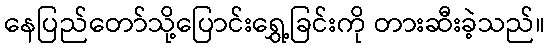
နေပြည်တော်သို့ပြောင်းရွှေ့ခြင်းကို တားဆီးခဲ့သည်။